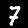
Digit: 7